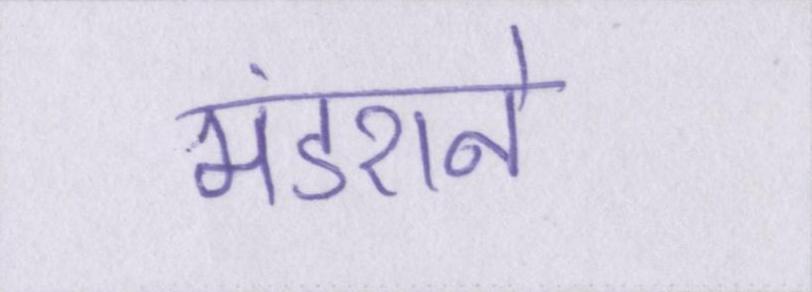
मंडराने